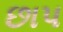
છાપ